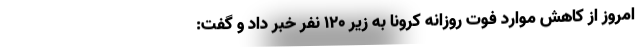
امروز از کاهش موارد فوت روزانه کرونا به زیر ۱۲۰ نفر خبر داد و گفت: